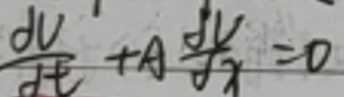
$\frac{dV}{dE}+A\frac{dV}{dx}=0$